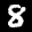
Label: 8